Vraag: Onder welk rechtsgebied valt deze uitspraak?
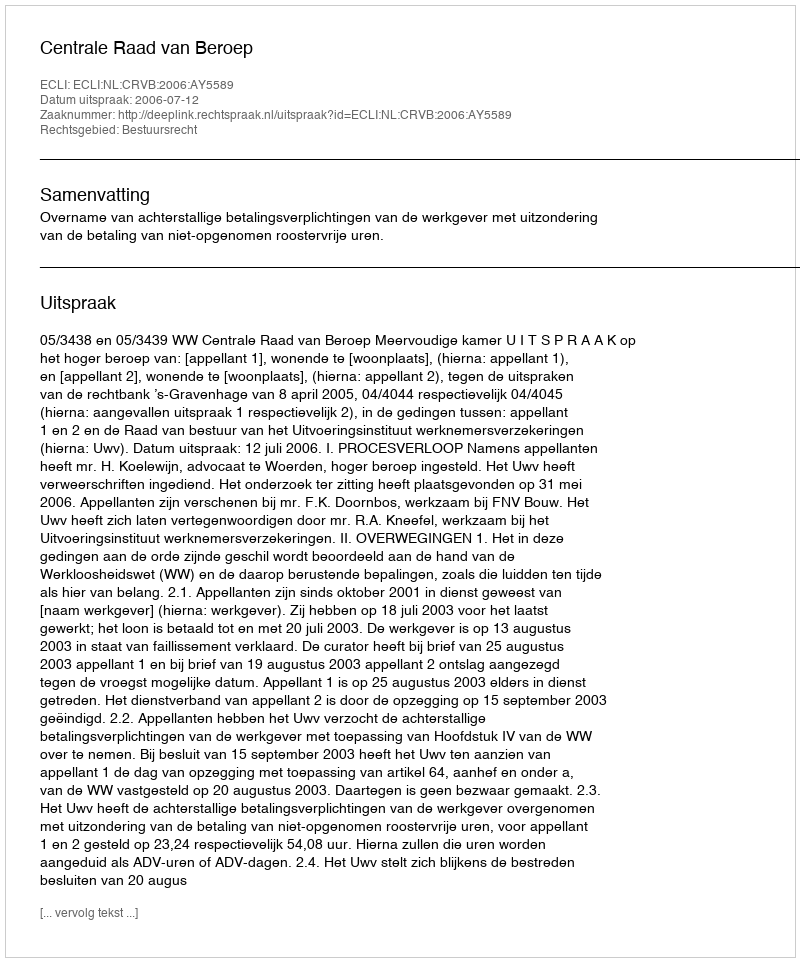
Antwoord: Bestuursrecht